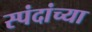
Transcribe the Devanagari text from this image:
स्पंदांच्या